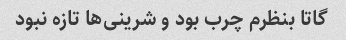
گاتا بنظرم چرب بود و شرینی‌ها تازه نبود